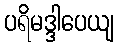
ပရိမဒ္ဒါပေယျ